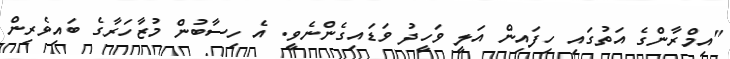
"އިމްރާންގެ އަތުގައި ހިފައިން އަލީ ވަހީދު ވަޑައިގެންނެވީ. އެ ހިސާބުން މުޒާހަރާގެ ބައިވެރިން